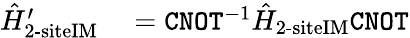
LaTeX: \begin{array}{rl}{\hat{H}_{\textrm{2-siteIM}}^{\prime}}&{{}=\texttt{CNOT}^{-1}\hat{H}_{\textrm{2-siteIM}}\texttt{CNOT}}\end{array}